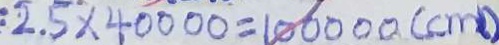
2 . 5 \times 4 0 0 0 0 = 1 0 0 0 0 0 ( c m )